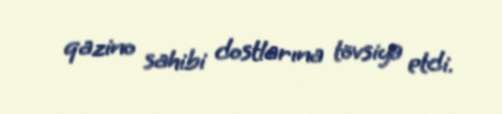
qazino sahibi dostlarına tövsiyə etdi.